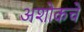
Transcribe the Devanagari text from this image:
अशोकचे